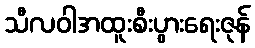
သီလဝါအထူးစီးပွားရေးဇုန်